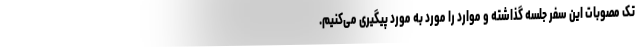
تک مصوبات این سفر جلسه گذاشته و موارد را مورد به مورد پیگیری می‌کنیم.